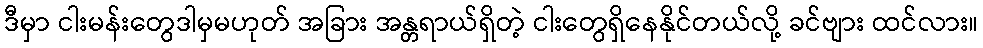
ဒီမှာ ငါးမန်းတွေဒါမှမဟုတ် အခြား အန္တရာယ်ရှိတဲ့ ငါးတွေရှိနေနိုင်တယ်လို့ ခင်ဗျား ထင်လား။